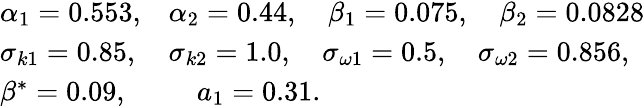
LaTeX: \begin{array}{ll}{\alpha_{1}=0.553,}&{\alpha_{2}=0.44,\quad\beta_{1}=0.075,\quad\beta_{2}=0.0828}\\ {\sigma_{k1}=0.85,}&{\sigma_{k2}=1.0,\quad\sigma_{\omega 1}=0.5,\quad\sigma_{\omega 2}=0.856,}\\ {\beta^{*}=0.09,}&{\quad a_{1}=0.31.}\end{array}